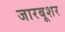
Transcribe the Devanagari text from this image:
जारबूशर